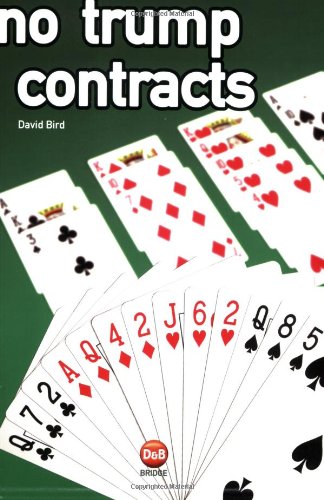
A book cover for No Trump Contracts (Essential Bridge Plays); David Bird; Humor & Entertainment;